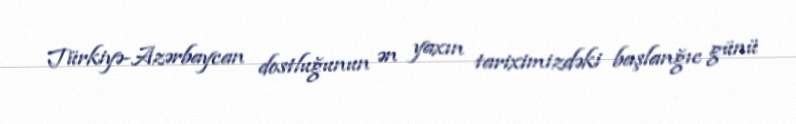
Türkiyə-Azərbaycan dostluğunun ən yaxın tariximizdəki başlanğıc günü